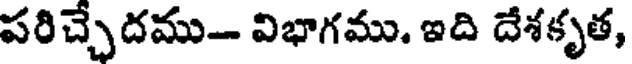
పరిచ్చేదము- విభాగము. ఇది దేశకృత,